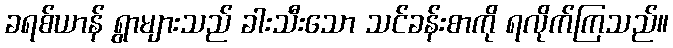
ခရစ်ယာန် ရွာများသည် ခါးသီးသော သင်ခန်းစာကို ရလိုက်ကြသည်။